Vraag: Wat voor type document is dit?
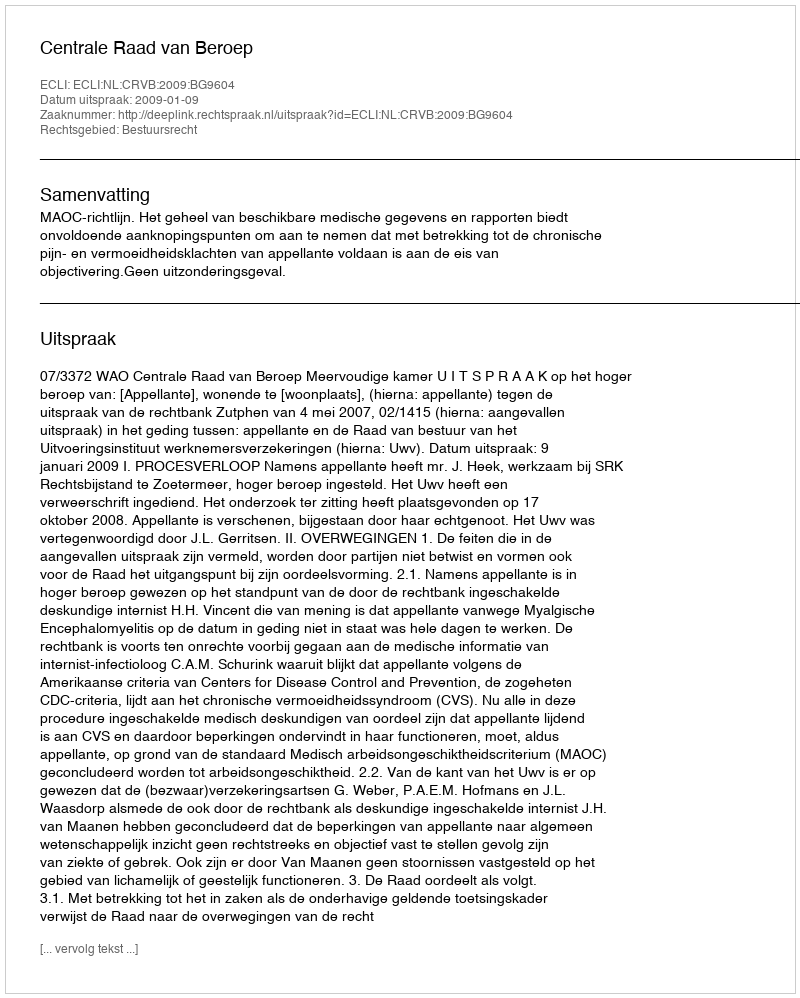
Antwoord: Uitspraak